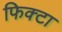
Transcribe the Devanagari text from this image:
फिक्टा